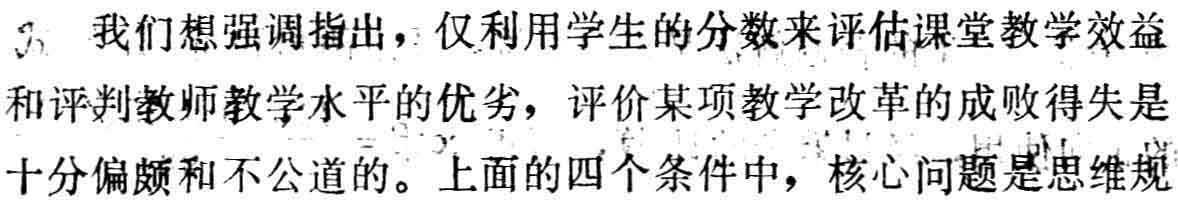
我们想强调指出，仅利用学生的分数来评估课堂教学效益和评判教师教学水平的优劣，评价某项教学改革的成败得失是十分偏颇和不公道的。上面的四个条件中，核心问题是思维规